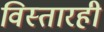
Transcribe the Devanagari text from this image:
विस्तारही